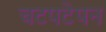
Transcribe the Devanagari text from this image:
चटपटेपन